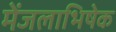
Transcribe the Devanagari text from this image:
मेंजलाभिषेक